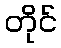
တိုင်